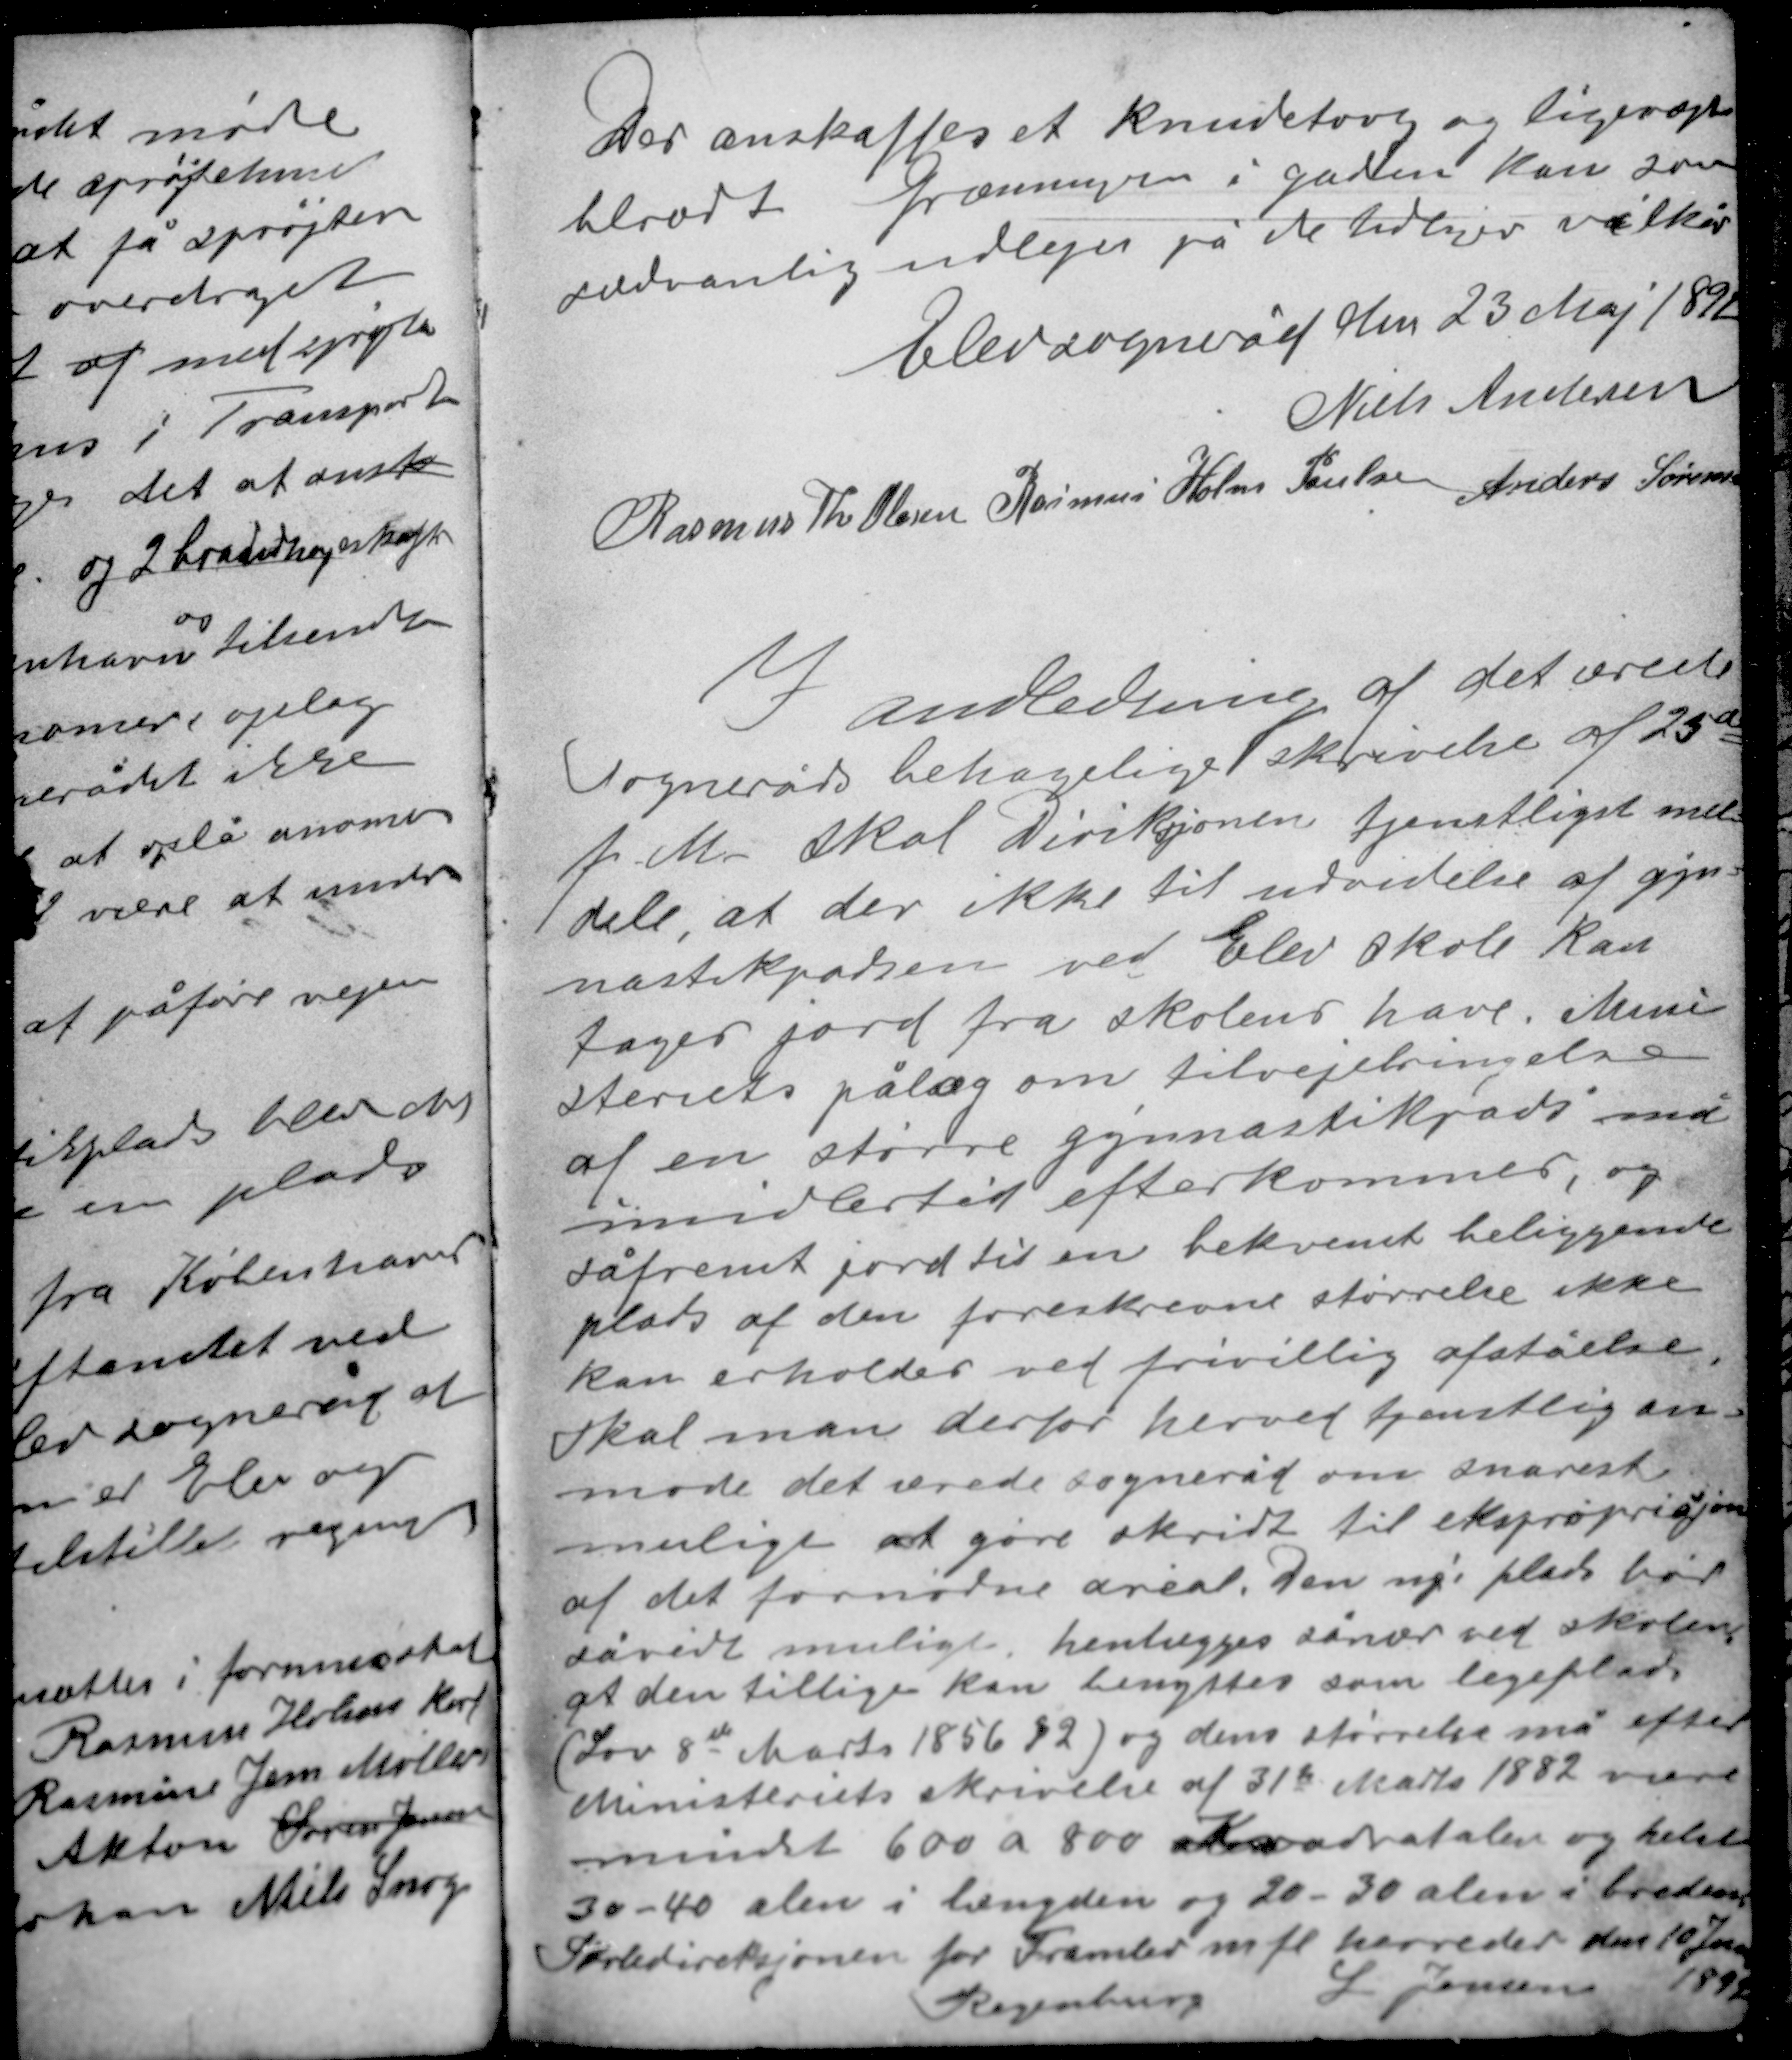
Transskription:
Der anskaffes et knudetovg og ligerops-
hlrort Græsningen i gaden kan som
sædvanlig udlejes på de tidligere vilkår

Elev sogneråd den 23 Maj 1892
Niels Andersen
Anders Sørensen
Rasmus Th Olesen Rasmus Holm Poulsen

I anledning af det ærede
sogneråds behagelige skrivelse af 25de
f. M. skal Diriksjonen tjenstligst med-
dele, at der ikke til udvidelse af gym-
nastikpadsen ved Elev skole kan
tages jord fra skolens have. Mini-
steriets pålæg om tilvejebringelse
af en større gymnastikpads må
imidlertid efterkommes, og
såfremt jord til en bekvemt beliggende
plads af den foreskrevne størrelse ikke
kan erholdes ved frivillig afståelse

skal man derfor herved tjenstlig an-
mode det ærede sogneråd om snarest
muligt at gøre skridt til ekspropriasjon
af det fornødne areal. Den nye plads bør
såvidt muligt henlægges sånær ved skolen
at den tillige kan benyttes som legeplads
(Lov 8de Marts 1856 § 2) og dens størrelse må efter
Ministeriets skrivelse af 31te Marts 1882 være
mindst 600 a 800 Kvadratalen og helst
30-40 alen i længden og 20-30 alen i breden
Skoledireksjonen for Framlev mfl herreder den 10 Januar
1892
L. Jensen
Regensburg